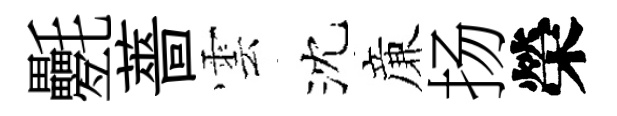
氎薔雲沈亷扬榮